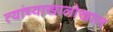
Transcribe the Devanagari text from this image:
त्यांच्याखालोखाल